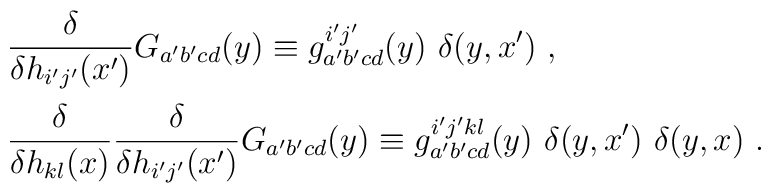
\begin{array}{l}\displaystyle{  \frac{\delta}{\delta h_{i'j'}(x')} } G_{a'b'cd}(y)   \equiv g^{i'j'}_{a'b'cd}(y)~ \delta(y,x')  \ , \vspace{2mm}\\\displaystyle{\frac{\delta}{\delta h_{kl}(x)} \frac{\delta}{\delta h_{i'j'}(x')} } G_{a'b'cd}(y)  \equiv g^{i'j'kl}_{a'b'cd}(y)~ \delta(y,x') ~\delta(y,x) \ .\end{array}